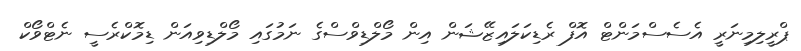
ޕްރީލިމިނަރީ އެސެސްމަންޓް އޮފް ރެޑިކަލައިޒޭޝަން އިން މޯލްޑިވްސްގެ ނަމުގައި މޯލްޑިވިއަން ޑިމޮކްރެސީ ނެޓްވޯކް